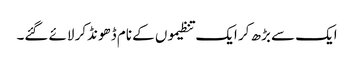
ایک سے بڑھ کر ایک تنظیموں کے نام ڈھونڈکر لائے گئے۔